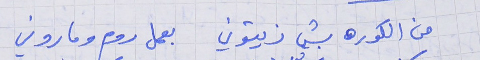
من الكوره بشي زيتوني     بعمل روم وماروني